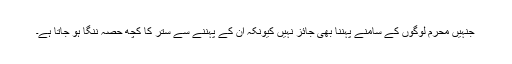
جنہیں محرم لوگوں کے سامنے پہننا بھی جائز نہیں کیونکہ ان کے پہننے سے ستر کا کچھ حصہ ننگا ہو جاتا ہے۔